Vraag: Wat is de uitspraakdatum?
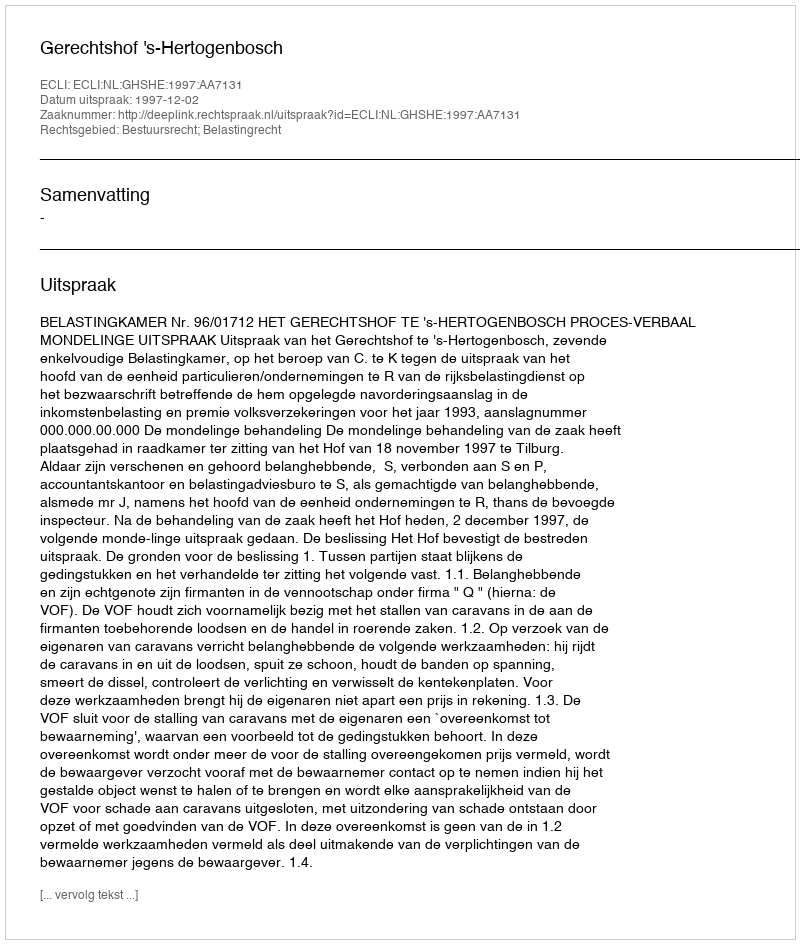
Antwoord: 1997-12-02